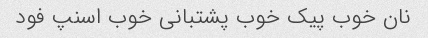
نان خوب پیک خوب پشتبانی خوب اسنپ فود